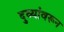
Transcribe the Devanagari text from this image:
दुव्यांवरून